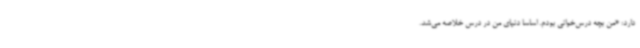
دارد: «من بچه درس‌خوانی بودم. اساساً دنیای من در درس خلاصه می‌شد.